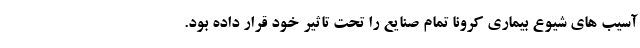
آسیب های شیوع بیماری کرونا تمام صنایع را تحت تاثیر خود قرار داده بود.